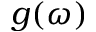
g ( \omega )